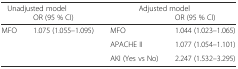
<table><thead><tr><td colspan="2"><b>Unadjusted model</b></td><td colspan="2"><b>Adjusted model</b></td></tr><tr><td></td><td><b>OR (95 % CI)</b></td><td></td><td><b>OR (95 % CI)</b></td></tr></thead><tbody><tr><td>MFO</td><td>1.075 (1.055–1.095)</td><td>MFO</td><td>1.044 (1.023–1.065)</td></tr><tr><td></td><td></td><td>APACHE II</td><td>1.077 (1.054–1.101)</td></tr><tr><td></td><td></td><td>AKI (Yes vs No)</td><td>2.247 (1.532–3.295)</td></tr></tbody></table>